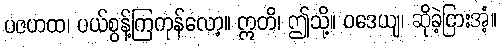
ပဇဟထ၊ ပယ်စွန့်ကြကုန်လော့။ ဣတိ၊ ဤသို့။ ဝဒေယျ၊ ဆိုခဲ့ငြားအံ့။